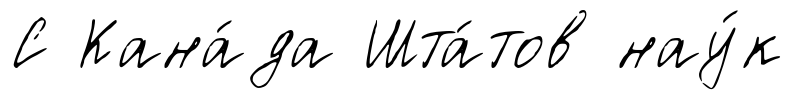
С Кана́да Шта́тов нау́к